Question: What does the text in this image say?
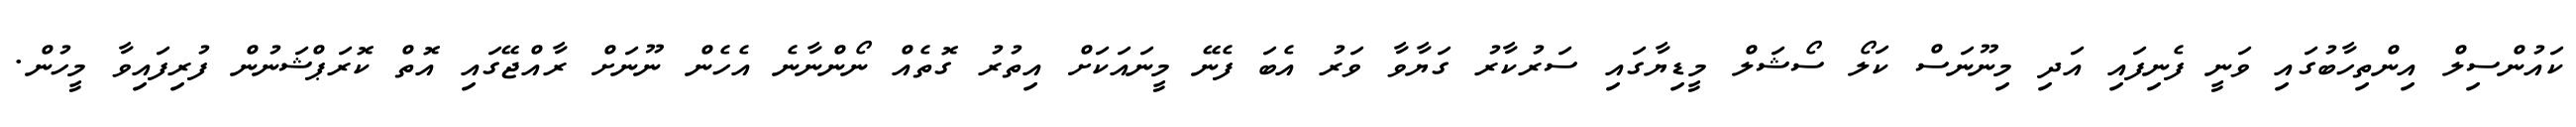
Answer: ކައުންސިލް އިންތިހާބުގައި ވަނީ ފެނިފައި އަދި މިނޫނަސް ކަލޯ ސޯޝަލް މީޑިޔާގައި ސަރުކާރު ގަޔާވާ ވަރު އެބަ ފެނޭ މީނައަކަށް އިތުރު ގޮތެއް ނޯންނާނެ އެހެން ނޫނަށް ރާއްޖޭގައި އޮތް ކޮރަޕްޝަނުން ފުރިފައިވާ މީހުން.